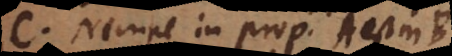
C. Nempe in prop. A est in